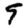
Digit: 9